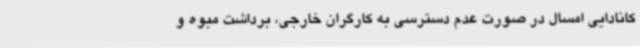
کانادایی امسال در صورت عدم دسترسی به کارگران خارجی، برداشت میوه و